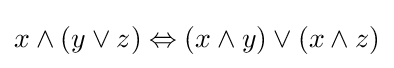
x\land (y\lor z)\Leftrightarrow (x\land y)\lor (x\land z)\,\!